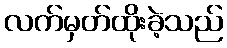
လက်မှတ်ထိုးခဲ့သည်